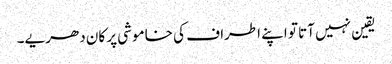
یقین نہیں آتا تو اپنے اطراف کی خاموشی پر کان دھریے۔